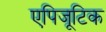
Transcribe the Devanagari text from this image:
एपिजूटिक